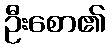
ဦးစော၏